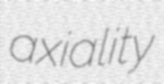
axiality